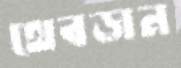
থেবড়ান